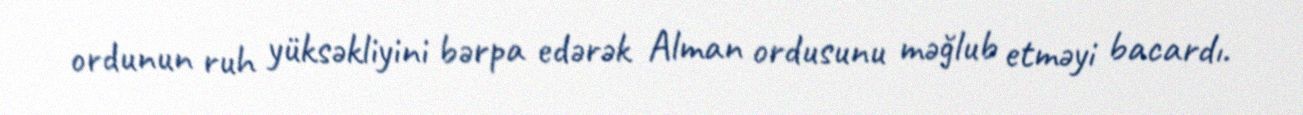
ordunun ruh yüksəkliyini bərpa edərək Alman ordusunu məğlub etməyi bacardı.